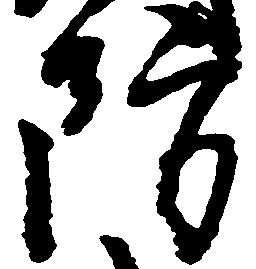
防